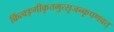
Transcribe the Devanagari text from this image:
किंत्वङ्गीकृतमुत्सृजन्कृपणवत्